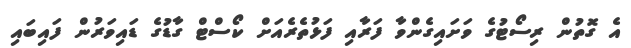
އެ ގޮތުން ރިސޯޓުގެ ވަށައިގެންވާ ފަރާއި ފަޅުތެރެއަށް ކޯސްޓް ގާޑުގެ ޑައިވަރުން ފައިބައި